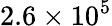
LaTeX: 2.6\times 10^{5}